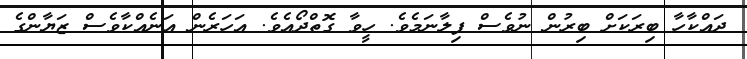
ދައްކާހާ ބިރަކަށް ބިރުން ނުވެސް ފިލާނަމެވެ. ހީވާ ގޮތްދޯއެވެ. އަހަރެން އަނެއްކާވެސް ޒަޔާންގެ